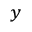
_ y